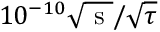
1 0 ^ { - 1 0 } \sqrt { \mathrm { ~ s ~ } } / \sqrt { \tau }